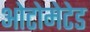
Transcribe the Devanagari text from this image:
ओटोमेटेड